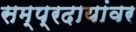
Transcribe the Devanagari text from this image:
सम्प्रदायांवर